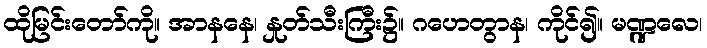
ထိုမြင်းတော်ကို။ အာနနေ၊ နှုတ်သီးကြီး၌။ ဂဟေတွာန၊ ကိုင်၍။ မဏ္ဍလေ၊